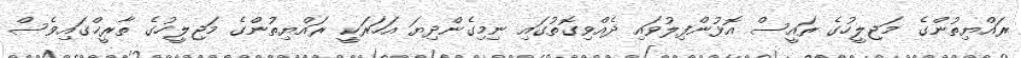
ރައްޔިތުންގެ މަޖިލީހުގެ ރައީސް އޮޅުންފިލުވައި ދެއްވިގޮތުގައި ނިމިގެންދިޔަ އަހަރަކީ ރައްޔިތުންގެ މަޖިލީހުގެ ތާރީޚްގައިވެސް